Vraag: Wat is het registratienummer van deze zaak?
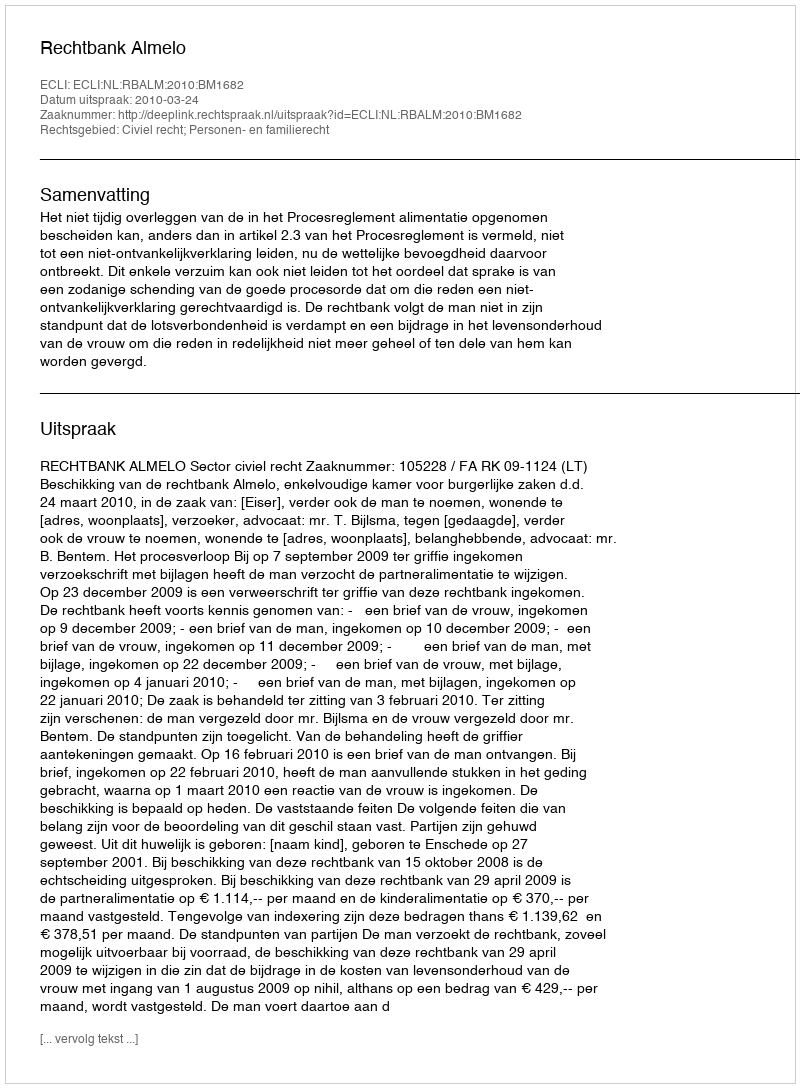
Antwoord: http://deeplink.rechtspraak.nl/uitspraak?id=ECLI:NL:RBALM:2010:BM1682